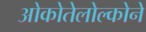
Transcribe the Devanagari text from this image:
ओकोतेलोल्कोने